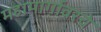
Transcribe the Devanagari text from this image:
महामार्गावरचे